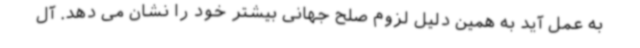
به عمل آید به همین دلیل لزوم صلح جهانی بیشتر خود را نشان می دهد. آل